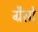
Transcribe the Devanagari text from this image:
ग्रैसो